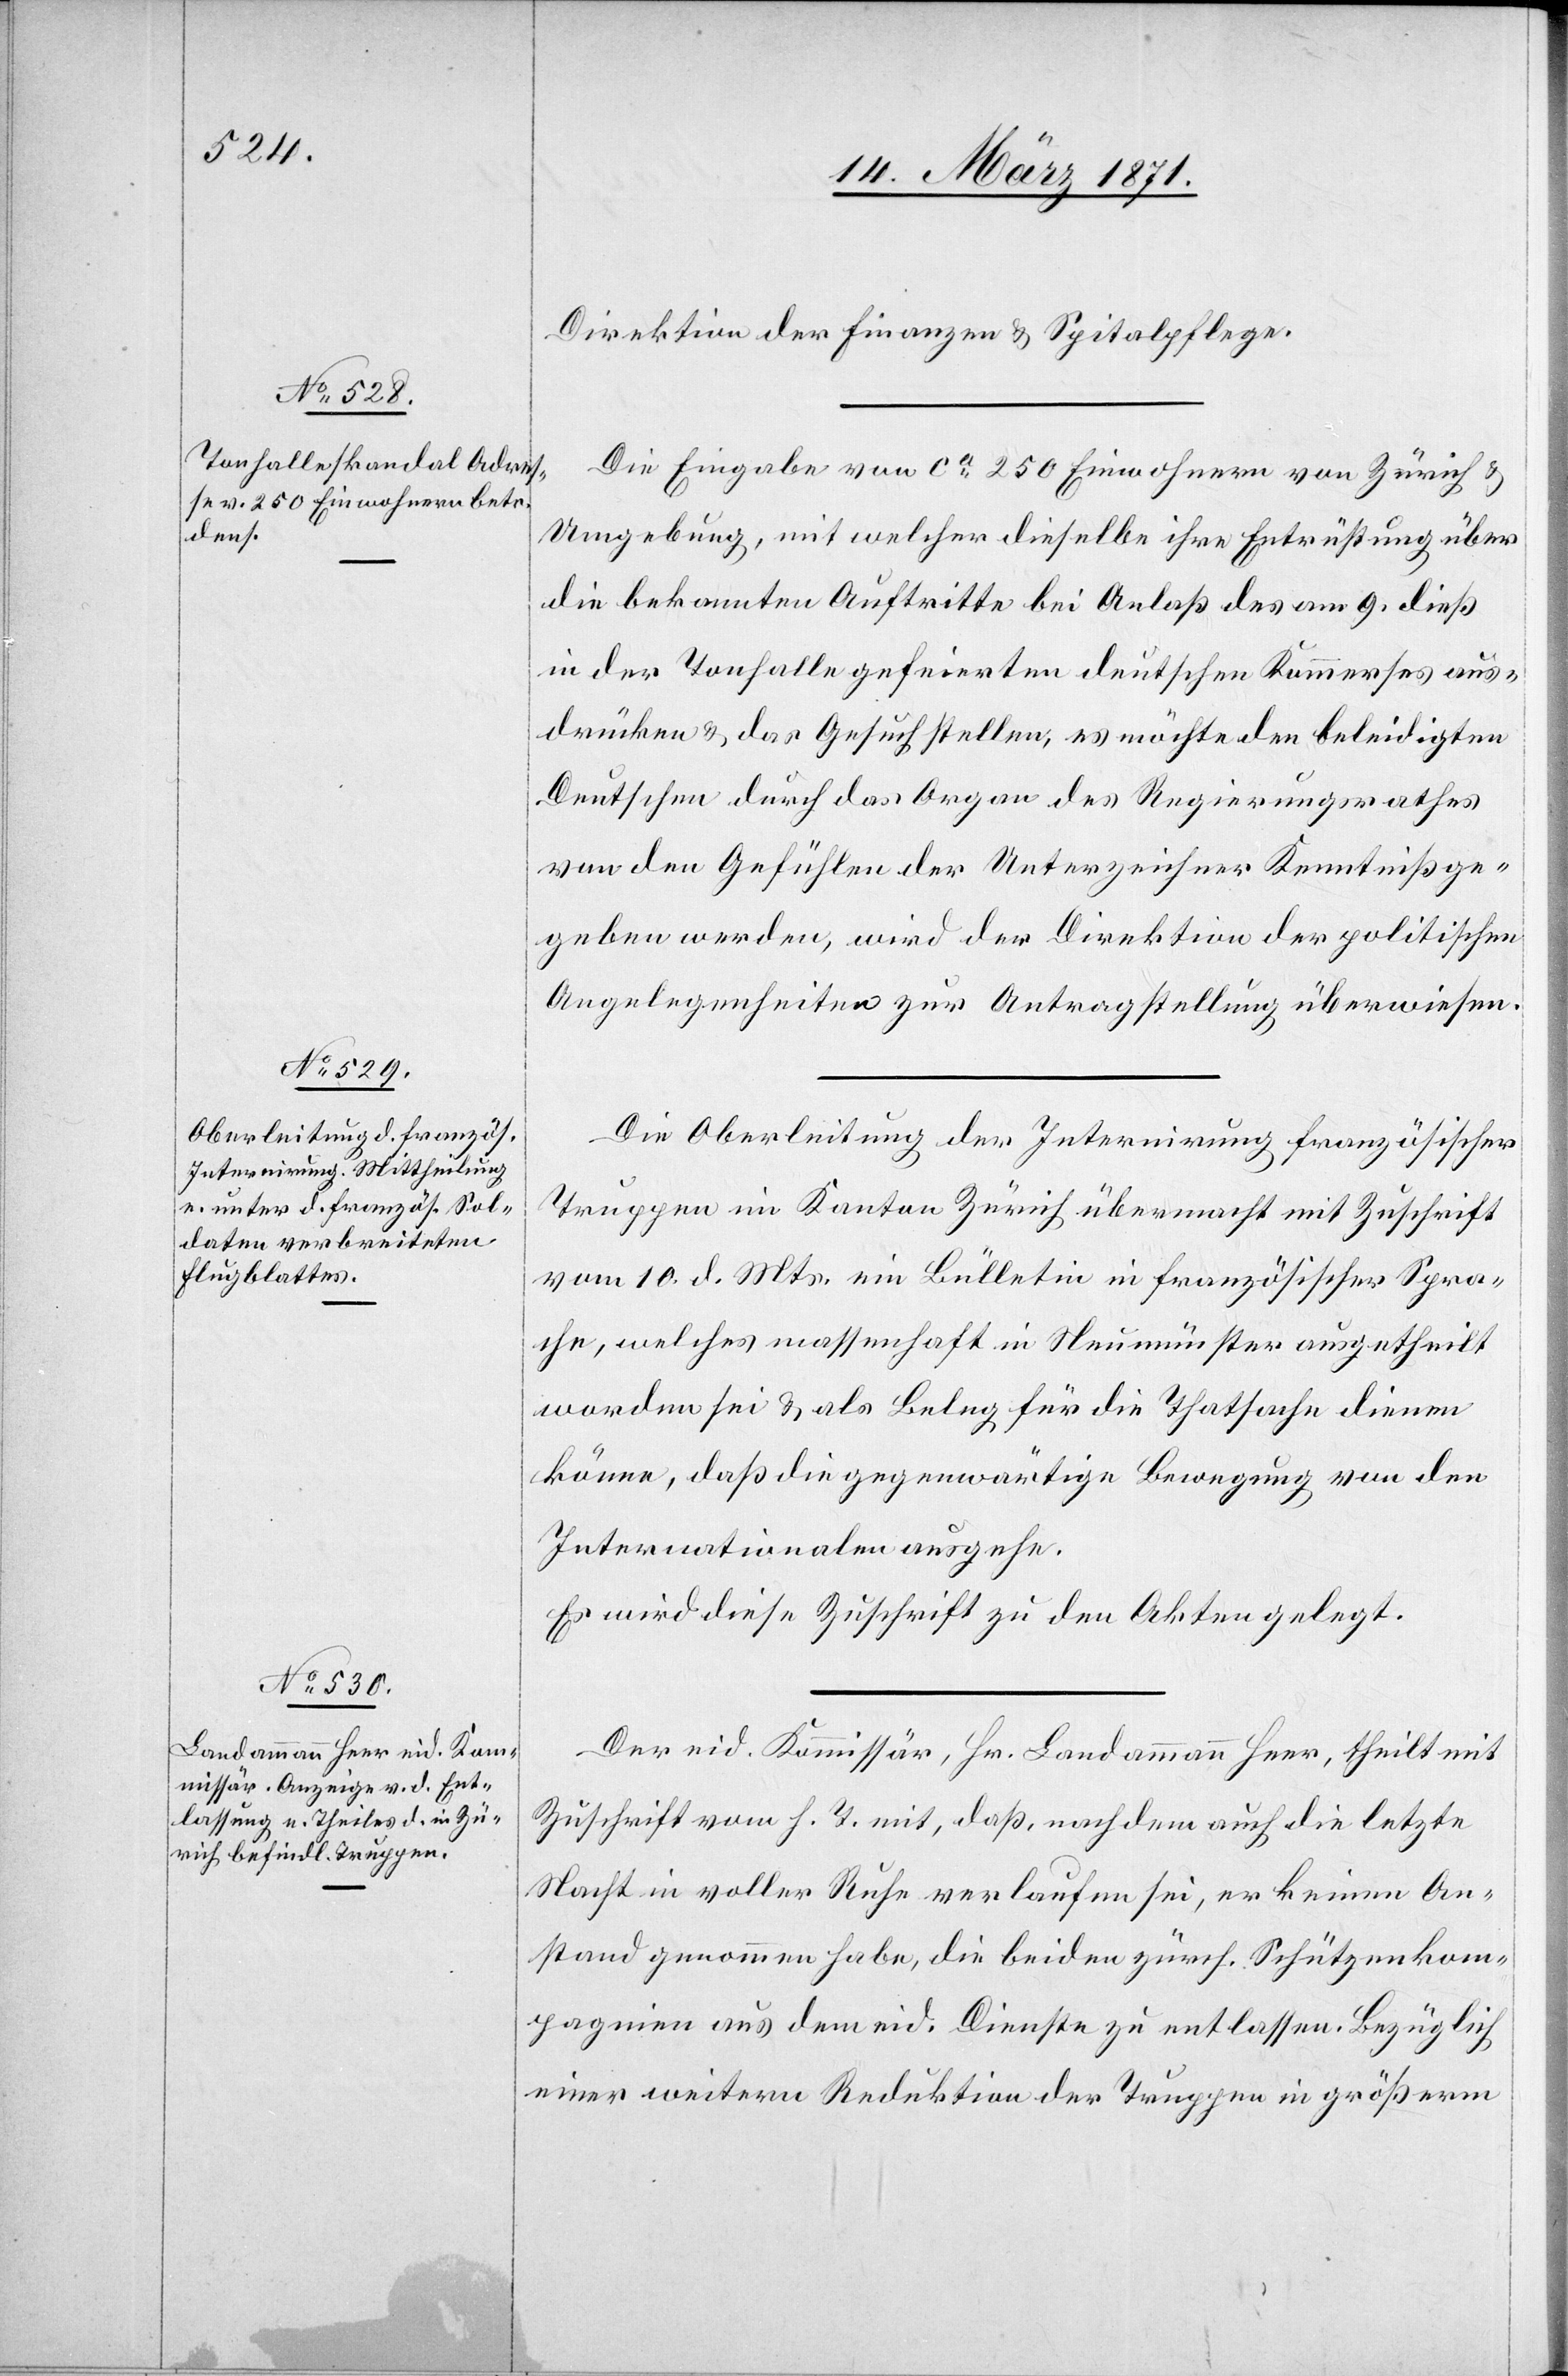
14. März 1871.]
Direktion der Finanzen u. Spitalpflege.
Die Eingabe von ca. 250 Einwohnern von Zürich u.
Umgebung, mit welcher dieselbe ihre Entrüstung über
die bekannten Auftritte bei Anlaß des am 9. dieß
in der Tonhalle gefeierten deutschen Kommerses aus¬
drücken u. das Gesuch stellen, es möchte den beleidigten
Deutschen durch das Organ des Regierungsrathes
von den Gefühlen der Unterzeichner Kenntniß ge¬
geben werden, wird der Direktion der politischen
Angelegenheiten zur Antragstellung überwiesen.
Die Oberleitung der Internirung französischer
Truppen im Kanton Zürich übermacht mit Zuschrift
vom 10. d. Mts. ein Bülletin in französischer Spra¬
che, welches massenhaft in Neumünster ausgetheilt
worden sei u. als Beleg für die Thatsache dienen
könne, daß die gegenwärtige Bewegung von den
Internationalen ausgehe.
Es wird diese Zuschrift zu den Akten gelegt.
Der eid. Kommissär, Hr. Landammann Heer, theilt mit
Zuschrift vom h. T. mit, daß, nachdem auch die letzte
Nacht in voller Ruhe verlaufen sei, er keinen An¬
stand genommen habe, die beiden zürch. Schützenkom¬
pagnien aus dem eid. Dienste zu entlassen. Bezüglich
einer weitern Reduktion der Truppen in größerm